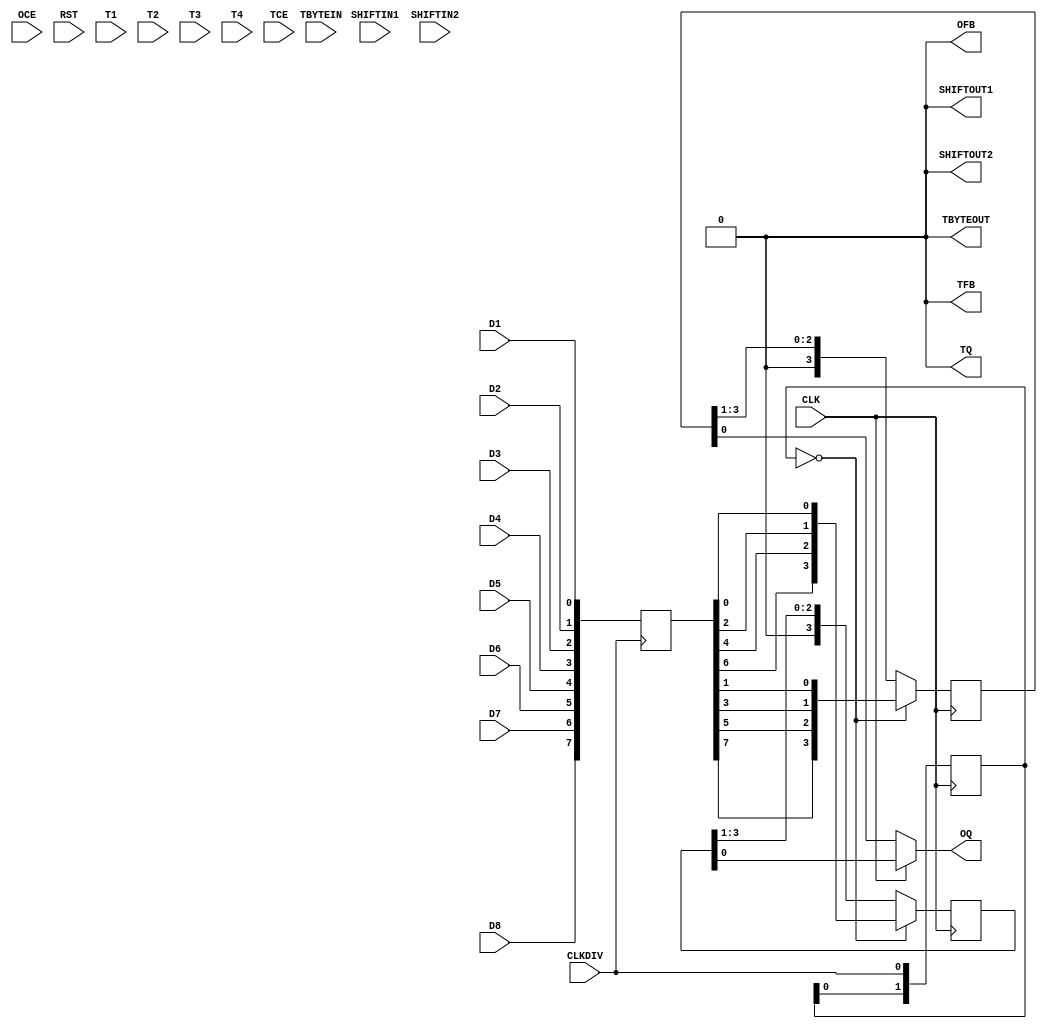
module OSERDESE2_1 ( 
   OFB, OQ, SHIFTOUT1, SHIFTOUT2, TBYTEOUT, TFB, TQ,
   CLK, CLKDIV, D1, D2, D3, D4, D5, D6, D7, D8, OCE, RST, SHIFTIN1,
   SHIFTIN2, T1, T2, T3, T4, TBYTEIN, TCE
   );
   parameter DATA_RATE_OQ=0;
   parameter DATA_RATE_TQ=0;
   parameter DATA_WIDTH=0;
   parameter INIT_OQ=0;
   parameter INIT_TQ=0;
   parameter SERDES_MODE=0;
   parameter SRVAL_OQ=0;
   parameter SRVAL_TQ=0;
   parameter TBYTE_CTL=0;
   parameter TBYTE_SRC=0;
   parameter TRISTATE_WIDTH=0;
   output OFB;                    
   output OQ;                     
   output SHIFTOUT1;              
   output SHIFTOUT2;              
   output TBYTEOUT;               
   output TFB;                    
   output TQ;                     
   input  CLK;                    
   input  CLKDIV;                 
   input  D1;                     
   input  D2;                     
   input  D3;                     
   input  D4;                     
   input  D5;                     
   input  D6;                     
   input  D7;                     
   input  D8;                     
   input  OCE;                    
   input  RST;                    
   input  SHIFTIN1;               
   input  SHIFTIN2;               
   input  T1;                     
   input  T2;                     
   input  T3;                     
   input  T4;                     
   input  TBYTEIN;                
   input  TCE;                    
   reg [2:0] state;
   reg [7:0] buffer;
   reg [1:0] clkdiv_sample;
   reg [3:0] even;
   reg [3:0] odd;
   always @ (posedge CLKDIV)
     buffer[7:0]<={D8,D7,D6,D5,D4,D3,D2,D1};
   always @ (negedge CLK)
     clkdiv_sample[1:0] <= {clkdiv_sample[0],CLKDIV};
   wire      load_parallel = (clkdiv_sample[1:0]==2'b00);
   always @ (negedge CLK)
     if(load_parallel)
       even[3:0]<={buffer[6],buffer[4],buffer[2],buffer[0]};
     else
       even[3:0]<={1'b0,even[3:1]};
   always @ (negedge CLK)
     if(load_parallel)
       odd[3:0]<={buffer[7],buffer[5],buffer[3],buffer[1]};
     else
       odd[3:0]<={1'b0,odd[3:1]};
   assign OQ = CLK ? even[0] : odd[0];
   assign OFB       = 1'b0;
   assign TQ        = 1'b0;
   assign TBYTEOUT  = 1'b0;
   assign SHIFTOUT1 = 1'b0;   		      
   assign SHIFTOUT2 = 1'b0;   
   assign TFB       = 1'b0;
endmodule